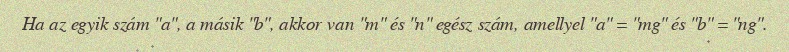
Ha az egyik szám "a", a másik "b", akkor van "m" és "n" egész szám, amellyel "a" = "mg" és "b" = "ng".